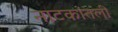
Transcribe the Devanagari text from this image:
नाटकांतली